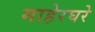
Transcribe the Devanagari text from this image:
माहेरघरे